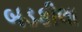
બડકીલા